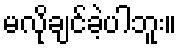
မလိုချင်ခဲ့ပါဘူး။